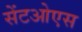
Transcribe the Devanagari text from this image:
सेंटओएस